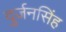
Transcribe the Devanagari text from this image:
दुर्जनसिंह